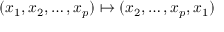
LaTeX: ( x _ { 1 } , x _ { 2 } , \ldots , x _ { p } ) \mapsto ( x _ { 2 } , \ldots , x _ { p } , x _ { 1 } )